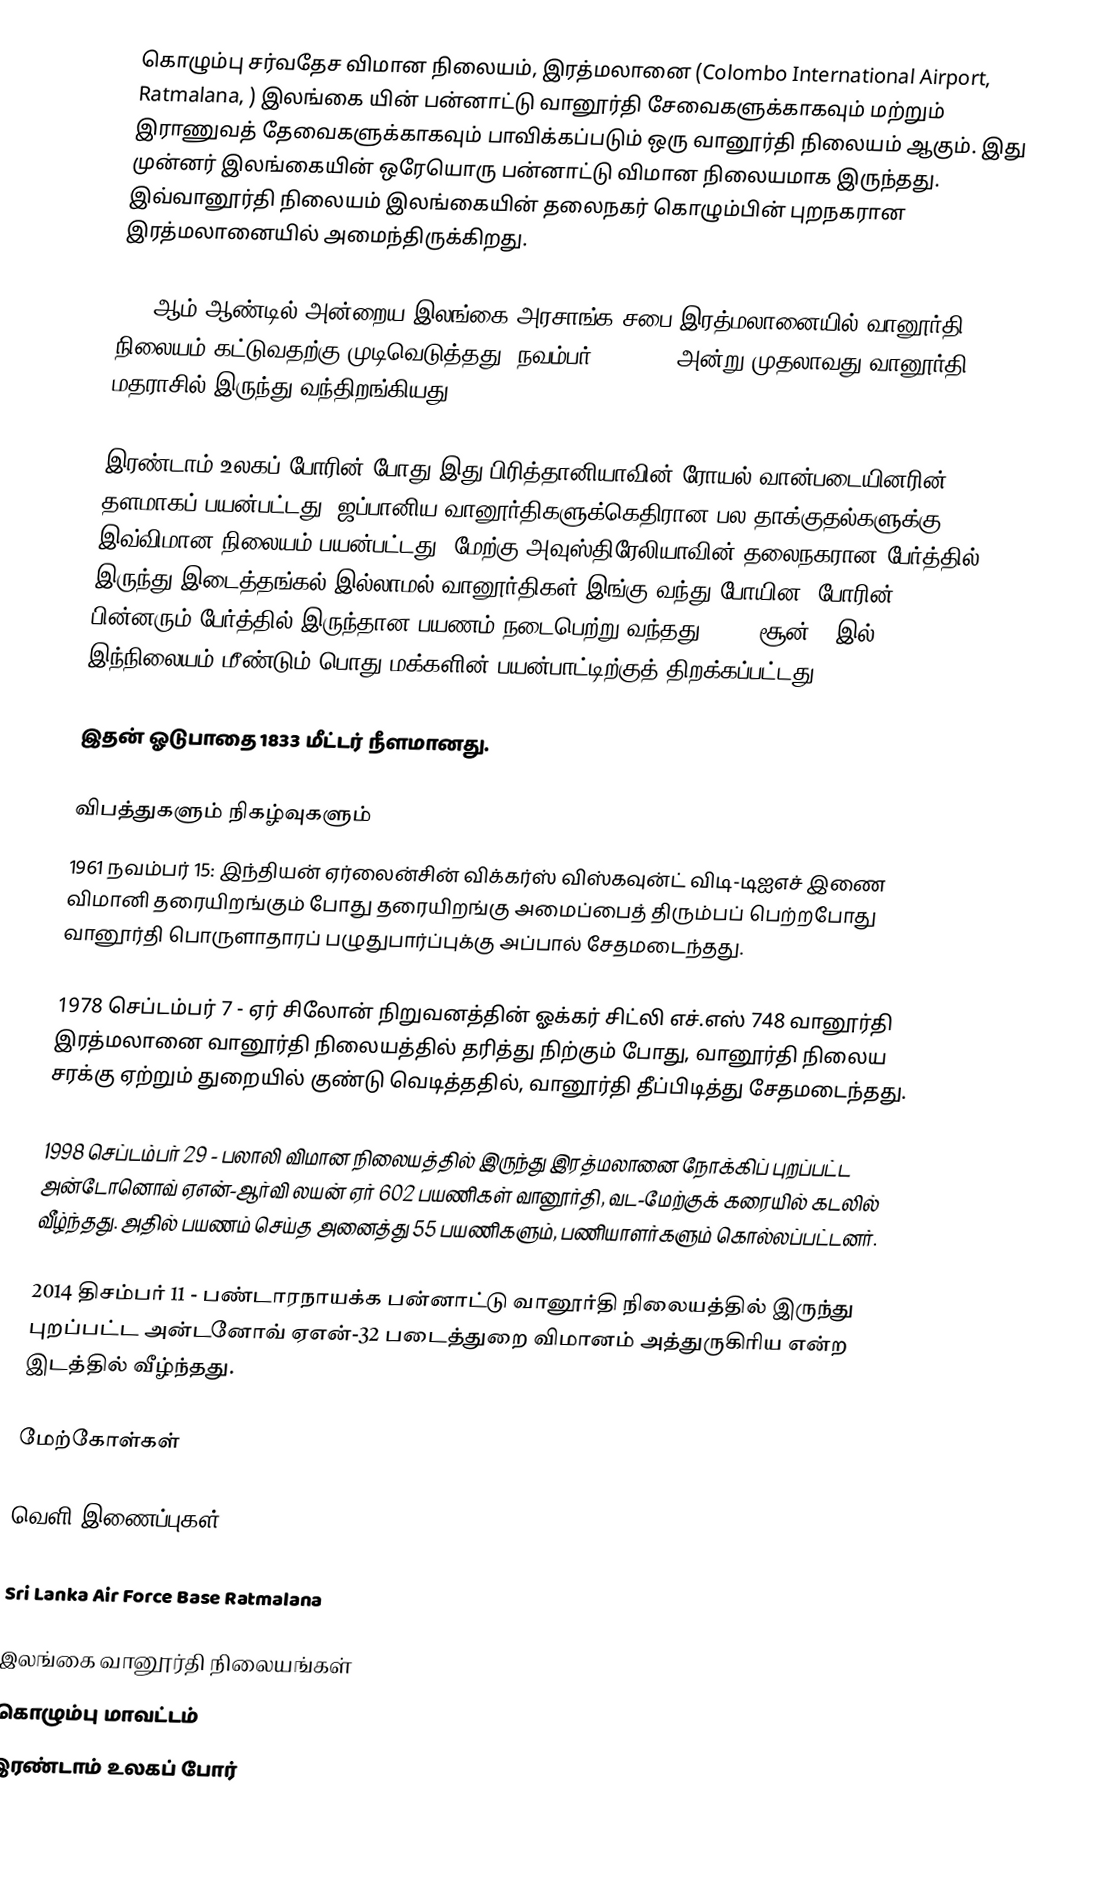
கொழும்பு சர்வதேச விமான நிலையம், இரத்மலானை (Colombo International Airport, Ratmalana, ) இலங்கை யின் பன்னாட்டு வானூர்தி சேவைகளுக்காகவும் மற்றும் இராணுவத் தேவைகளுக்காகவும் பாவிக்கப்படும் ஒரு வானூர்தி நிலையம் ஆகும். இது முன்னர் இலங்கையின் ஒரேயொரு பன்னாட்டு விமான நிலையமாக இருந்தது. இவ்வானூர்தி நிலையம் இலங்கையின் தலைநகர் கொழும்பின் புறநகரான இரத்மலானையில் அமைந்திருக்கிறது.

1934ஆம் ஆண்டில் அன்றைய இலங்கை அரசாங்க சபை இரத்மலானையில் வானூர்தி நிலையம் கட்டுவதற்கு முடிவெடுத்தது. நவம்பர் 27, 1935 அன்று முதலாவது வானூர்தி மதராசில் இருந்து வந்திறங்கியது.

இரண்டாம் உலகப் போரின் போது இது பிரித்தானியாவின் ரோயல் வான்படையினரின் தளமாகப் பயன்பட்டது. ஜப்பானிய வானூர்திகளுக்கெதிரான பல தாக்குதல்களுக்கு இவ்விமான நிலையம் பயன்பட்டது. மேற்கு அவுஸ்திரேலியாவின் தலைநகரான பேர்த்தில் இருந்து இடைத்தங்கல் இல்லாமல் வானூர்திகள் இங்கு வந்து போயின. போரின் பின்னரும் பேர்த்தில் இருந்தான பயணம் நடைபெற்று வந்தது. 1946 சூன் 1 இல் இந்நிலையம் மீண்டும் பொது மக்களின் பயன்பாட்டிற்குத் திறக்கப்பட்டது.

இதன் ஓடுபாதை 1833 மீட்டர் நீளமானது.

விபத்துகளும் நிகழ்வுகளும்
1961 நவம்பர் 15: இந்தியன் ஏர்லைன்சின் விக்கர்ஸ் விஸ்கவுன்ட் விடி-டிஐஎச் இணை விமானி தரையிறங்கும் போது தரையிறங்கு அமைப்பைத் திரும்பப் பெற்றபோது வானூர்தி பொருளாதாரப் பழுதுபார்ப்புக்கு அப்பால் சேதமடைந்தது.

1978 செப்டம்பர் 7 - ஏர் சிலோன் நிறுவனத்தின் ஓக்கர் சிட்லி எச்.எஸ் 748 வானூர்தி இரத்மலானை வானூர்தி நிலையத்தில் தரித்து நிற்கும் போது, வானூர்தி நிலைய சரக்கு ஏற்றும் துறையில் குண்டு வெடித்ததில், வானூர்தி தீப்பிடித்து சேதமடைந்தது.

1998 செப்டம்பர் 29 - பலாலி விமான நிலையத்தில் இருந்து இரத்மலானை நோக்கிப் புறப்பட்ட அன்டோனொவ் ஏஎன்-ஆர்வி லயன் ஏர் 602 பயணிகள் வானூர்தி, வட-மேற்குக் கரையில் கடலில் வீழ்ந்தது. அதில் பயணம் செய்த அனைத்து 55 பயணிகளும், பணியாளர்களும் கொல்லப்பட்டனர்.

2014 திசம்பர் 11 - பண்டாரநாயக்க பன்னாட்டு வானூர்தி நிலையத்தில் இருந்து புறப்பட்ட அன்டனோவ் ஏஎன்-32 படைத்துறை விமானம் அத்துருகிரிய என்ற இடத்தில் வீழ்ந்தது.

மேற்கோள்கள்

வெளி இணைப்புகள்

 Sri Lanka Air Force Base Ratmalana

இலங்கை வானூர்தி நிலையங்கள்
கொழும்பு மாவட்டம்
இரண்டாம் உலகப் போர்